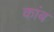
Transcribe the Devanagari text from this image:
कांब